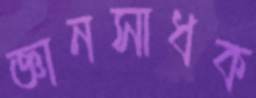
জ্ঞানসাধক